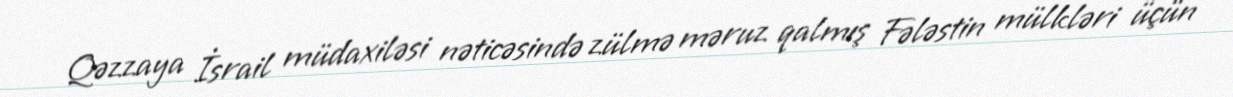
Qəzzaya İsrail müdaxiləsi nəticəsində zülmə məruz qalmış Fələstin mülkləri üçün